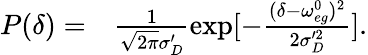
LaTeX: \begin{array}{rl}{P(\delta)=}&{{}\frac{1}{\sqrt{2\pi}\sigma_{D}^{\prime}}\exp[-\frac{(\delta-\omega_{eg}^{0})^{2}}{2\sigma_{D}^{\prime 2}}].}\end{array}